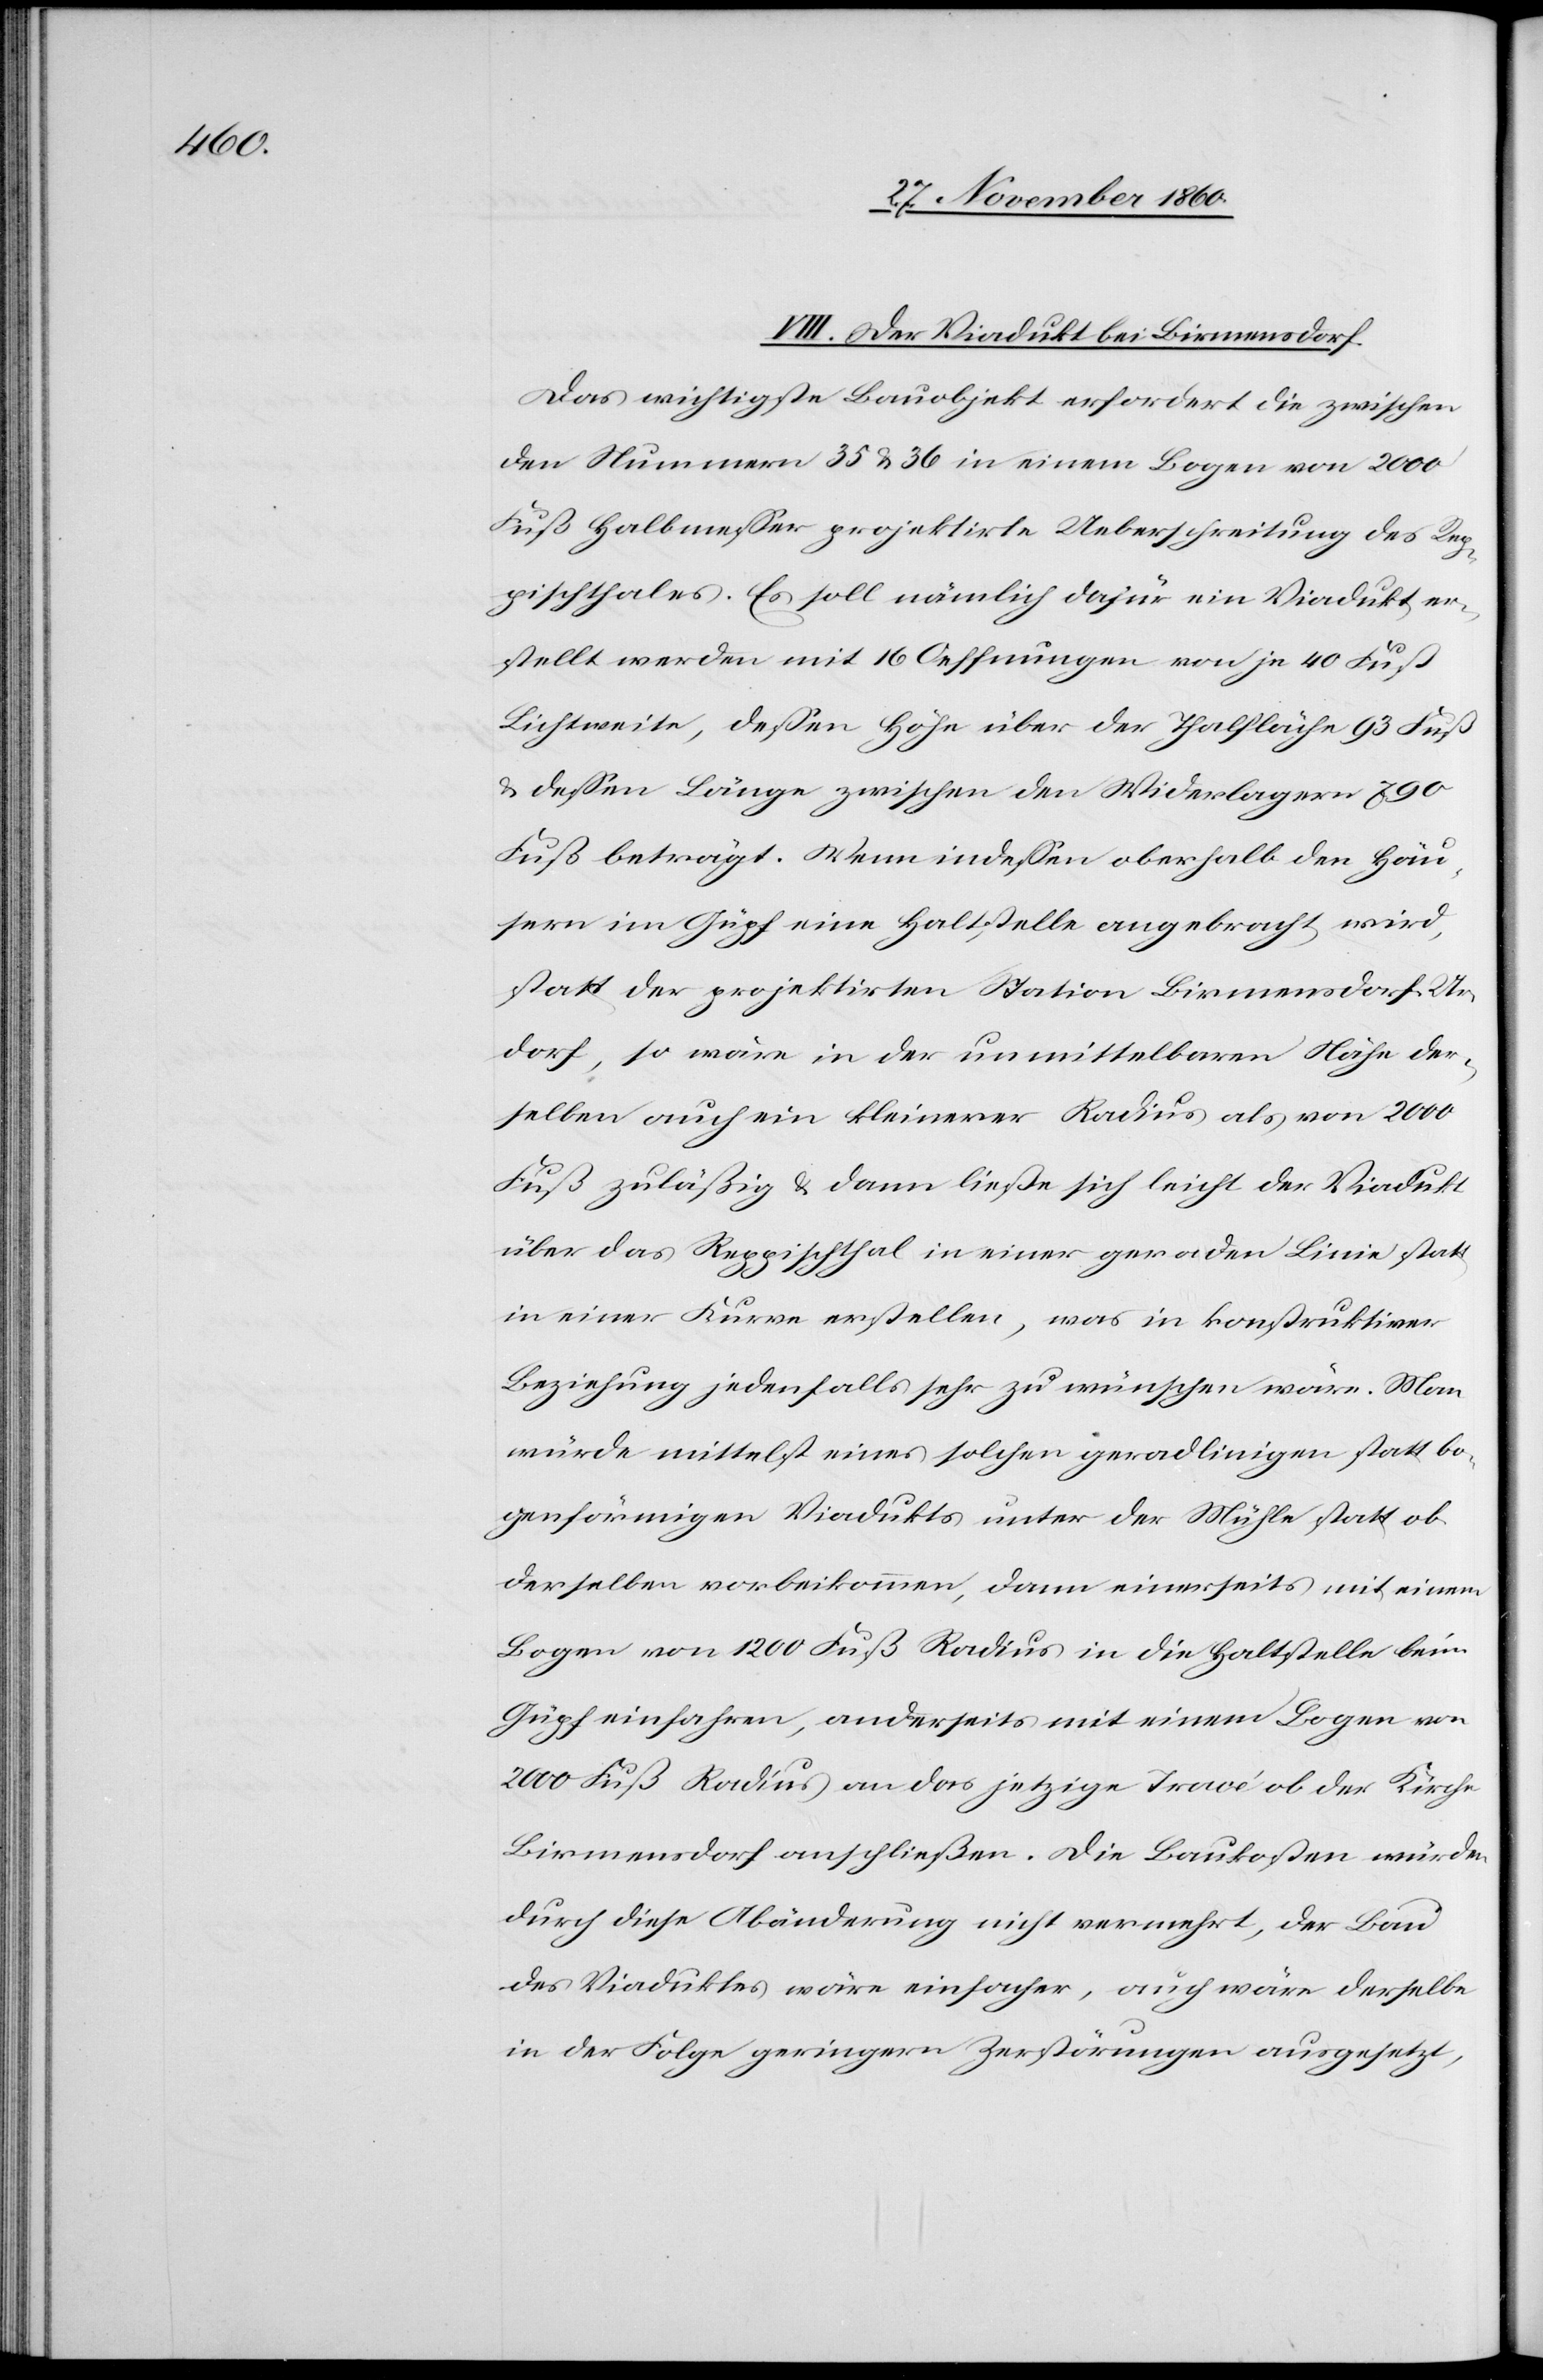
VIII. Der Viadukt bei Birmensdorf.
Das wichtigste Bauobjekt erfordert die zwischen
den Nummern 35 u. 36 in einem Bogen von 2000
Fuß Halbmesser projektirte Ueberschreitung des Rep¬
pischthales. Es soll nämlich dafür ein Viadukt er¬
stellt werden mit 16 Oeffnungen von je 40 Fuß
Lichtweite, dessen Höhe über den Thalfläche 93 Fuß
u. dessen Läge zwischen den Widerlagern 790
Fuß beträgt. Wenn indessen oberhalb den Häu¬
sern im Güpf eine Haltstelle angebracht wird,
statt der projektirten Station Birmensdorf Ur¬
dorf, so wäre in der unmittelbaren Nähe der¬
selben auch ein kleinerer Radius als von 2000
Fuß zuläßig u. dann ließe sich leicht der Viadukt
über das Reppischthal in einer geraden Linie statt
in einer Kurve erstellen, was in konstruktiver
Beziehung jedenfalls sehr zu wünschen wäre. Man
würde mittelst eines solchen geradlinigen statt bo¬
genförmigen Viadukts unter der Mühle statt ob
derselben vorbeikommen, dann einerseits mit einem
Bogen von 1200 Fuß Radius in die Haltstelle beim
Güpf einfahren, anderseits mit einem Bogen von
2000 Fuß Radius an das jetzige Tracé ob der Kirche
Birmensdorf anschließen. Die Baukosten würden
durch diese Abänderung nicht vermehrt, der Bau
des Viaduktes wäre einfacher, auch wäre derselbe
in der Folge geringern Zerstörungen ausgesetzt,